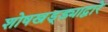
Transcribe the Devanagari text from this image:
शोषखड्ड्याद्वारे